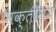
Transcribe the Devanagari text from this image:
भक्तीमय